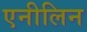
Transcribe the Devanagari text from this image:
एनीलिन